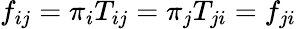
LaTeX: f_{ij}=\pi_{i}T_{ij}=\pi_{j}T_{ji}=f_{ji}